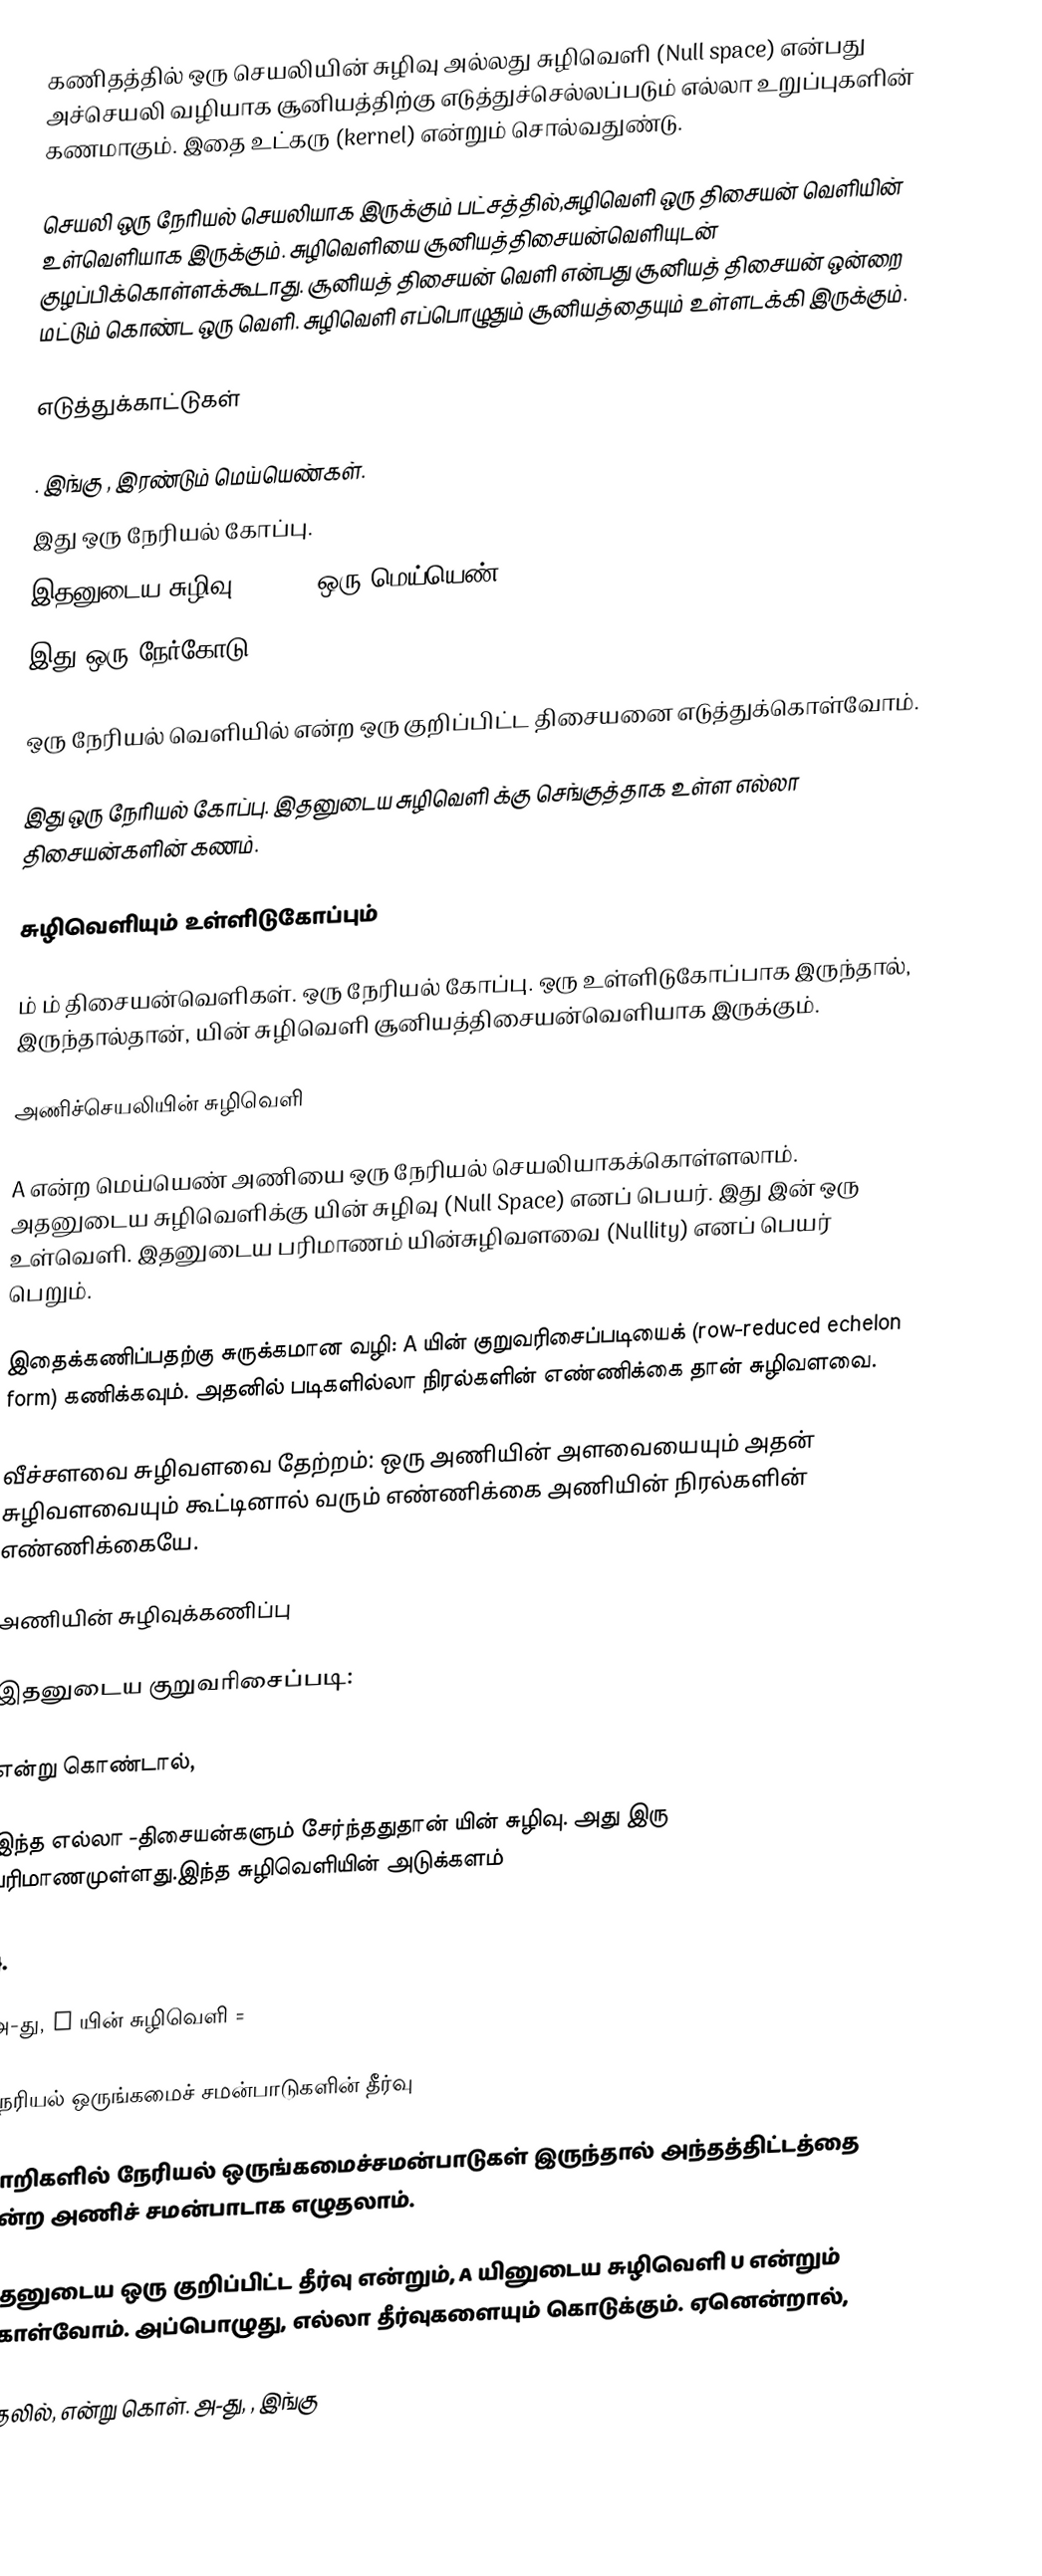
கணிதத்தில்  ஒரு செயலியின் சுழிவு அல்லது சுழிவெளி  (Null space) என்பது அச்செயலி வழியாக சூனியத்திற்கு எடுத்துச்செல்லப்படும் எல்லா உறுப்புகளின்  கணமாகும். இதை  உட்கரு (kernel) என்றும் சொல்வதுண்டு.

செயலி ஒரு நேரியல் செயலியாக இருக்கும் பட்சத்தில்,சுழிவெளி ஒரு திசையன் வெளியின் உள்வெளியாக இருக்கும். சுழிவெளியை சூனியத்திசையன்வெளியுடன் குழப்பிக்கொள்ளக்கூடாது. சூனியத் திசையன் வெளி என்பது சூனியத் திசையன் ஒன்றை மட்டும் கொண்ட  ஒரு வெளி. சுழிவெளி எப்பொழுதும்  சூனியத்தையும் உள்ளடக்கி இருக்கும்.

எடுத்துக்காட்டுகள்

. இங்கு  ,   இரண்டும் மெய்யெண்கள்.
 இது ஒரு நேரியல் கோப்பு.
 இதனுடைய சுழிவு = { ) |  ஒரு மெய்யெண் }.
 இது ஒரு நேர்கோடு

ஒரு நேரியல் வெளியில்  என்ற ஒரு குறிப்பிட்ட திசையனை எடுத்துக்கொள்வோம்.

 இது ஒரு நேரியல் கோப்பு. இதனுடைய சுழிவெளி  க்கு செங்குத்தாக உள்ள எல்லா திசையன்களின்  கணம்.

சுழிவெளியும் உள்ளிடுகோப்பும்

 ம்  ம் திசையன்வெளிகள்.   ஒரு நேரியல் கோப்பு.  ஒரு உள்ளிடுகோப்பாக இருந்தால், இருந்தால்தான், யின் சுழிவெளி சூனியத்திசையன்வெளியாக இருக்கும்.

அணிச்செயலியின் சுழிவெளி

A என்ற  மெய்யெண் அணியை  ஒரு   நேரியல் செயலியாகக்கொள்ளலாம். அதனுடைய சுழிவெளிக்கு   யின் சுழிவு  (Null Space) எனப் பெயர். இது  இன் ஒரு உள்வெளி. இதனுடைய பரிமாணம்  யின்சுழிவளவை (Nullity) எனப் பெயர் பெறும்.

இதைக்கணிப்பதற்கு சுருக்கமான வழி: A யின் குறுவரிசைப்படியைக்  (row-reduced echelon form) கணிக்கவும். அதனில் படிகளில்லா நிரல்களின் எண்ணிக்கை தான் சுழிவளவை.

வீச்சளவை சுழிவளவை தேற்றம்: ஒரு அணியின் அளவையையும் அதன் சுழிவளவையும் கூட்டினால் வரும் எண்ணிக்கை அணியின் நிரல்களின் எண்ணிக்கையே.

அணியின் சுழிவுக்கணிப்பு

இதனுடைய குறுவரிசைப்படி:

 என்று கொண்டால்,

இந்த எல்லா  -திசையன்களும் சேர்ந்ததுதான்  யின் சுழிவு. அது இரு பரிமாணமுள்ளது.இந்த சுழிவெளியின் அடுக்களம்

{}.

அ-து, A யின் சுழிவெளி =

நேரியல் ஒருங்கமைச் சமன்பாடுகளின்  தீர்வு

 மாறிகளில்  நேரியல் ஒருங்கமைச்சமன்பாடுகள் இருந்தால் அந்தத்திட்டத்தை  என்ற அணிச் சமன்பாடாக எழுதலாம்.

 இதனுடைய ஒரு குறிப்பிட்ட தீர்வு   என்றும், A யினுடைய சுழிவெளி  U என்றும் கொள்வோம். அப்பொழுது,    எல்லா தீர்வுகளையும் கொடுக்கும். ஏனென்றால்,

முதலில்,  என்று கொள். அ-து, , இங்கு

இ